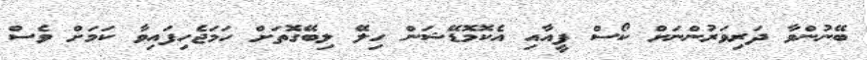
ބޭނުންވާ ދަރިވަރުންނަށް ކޯސް ފީއާއި އެކޮމޮޑޭޝަން ހިލޭ ލިބޭގޮތަށް ހަމަޖެހިފައިވާ ކަމަށް ވެސް